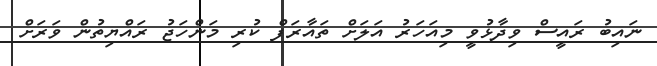
ނައިބު ރައީސް ވިދާޅުވީ މިއަހަރު އަލަށް ތައާރަފް ކުރި މަންހަޖު ރައްޔިތުން ވަރަށް